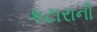
કટારાની